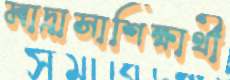
মাদ্রাসাশিক্ষার্থী